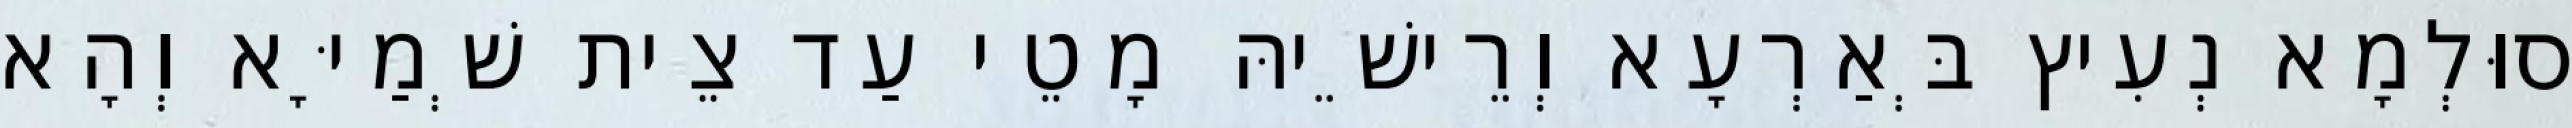
סוּלְמָא נְעִיץ בְּאַרְעָא וְרֵישֵׁיהּ מָטֵי עַד צֵית שְׁמַיָּא וְהָא